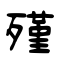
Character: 殣